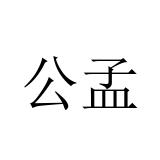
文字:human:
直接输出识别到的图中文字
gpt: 公孟